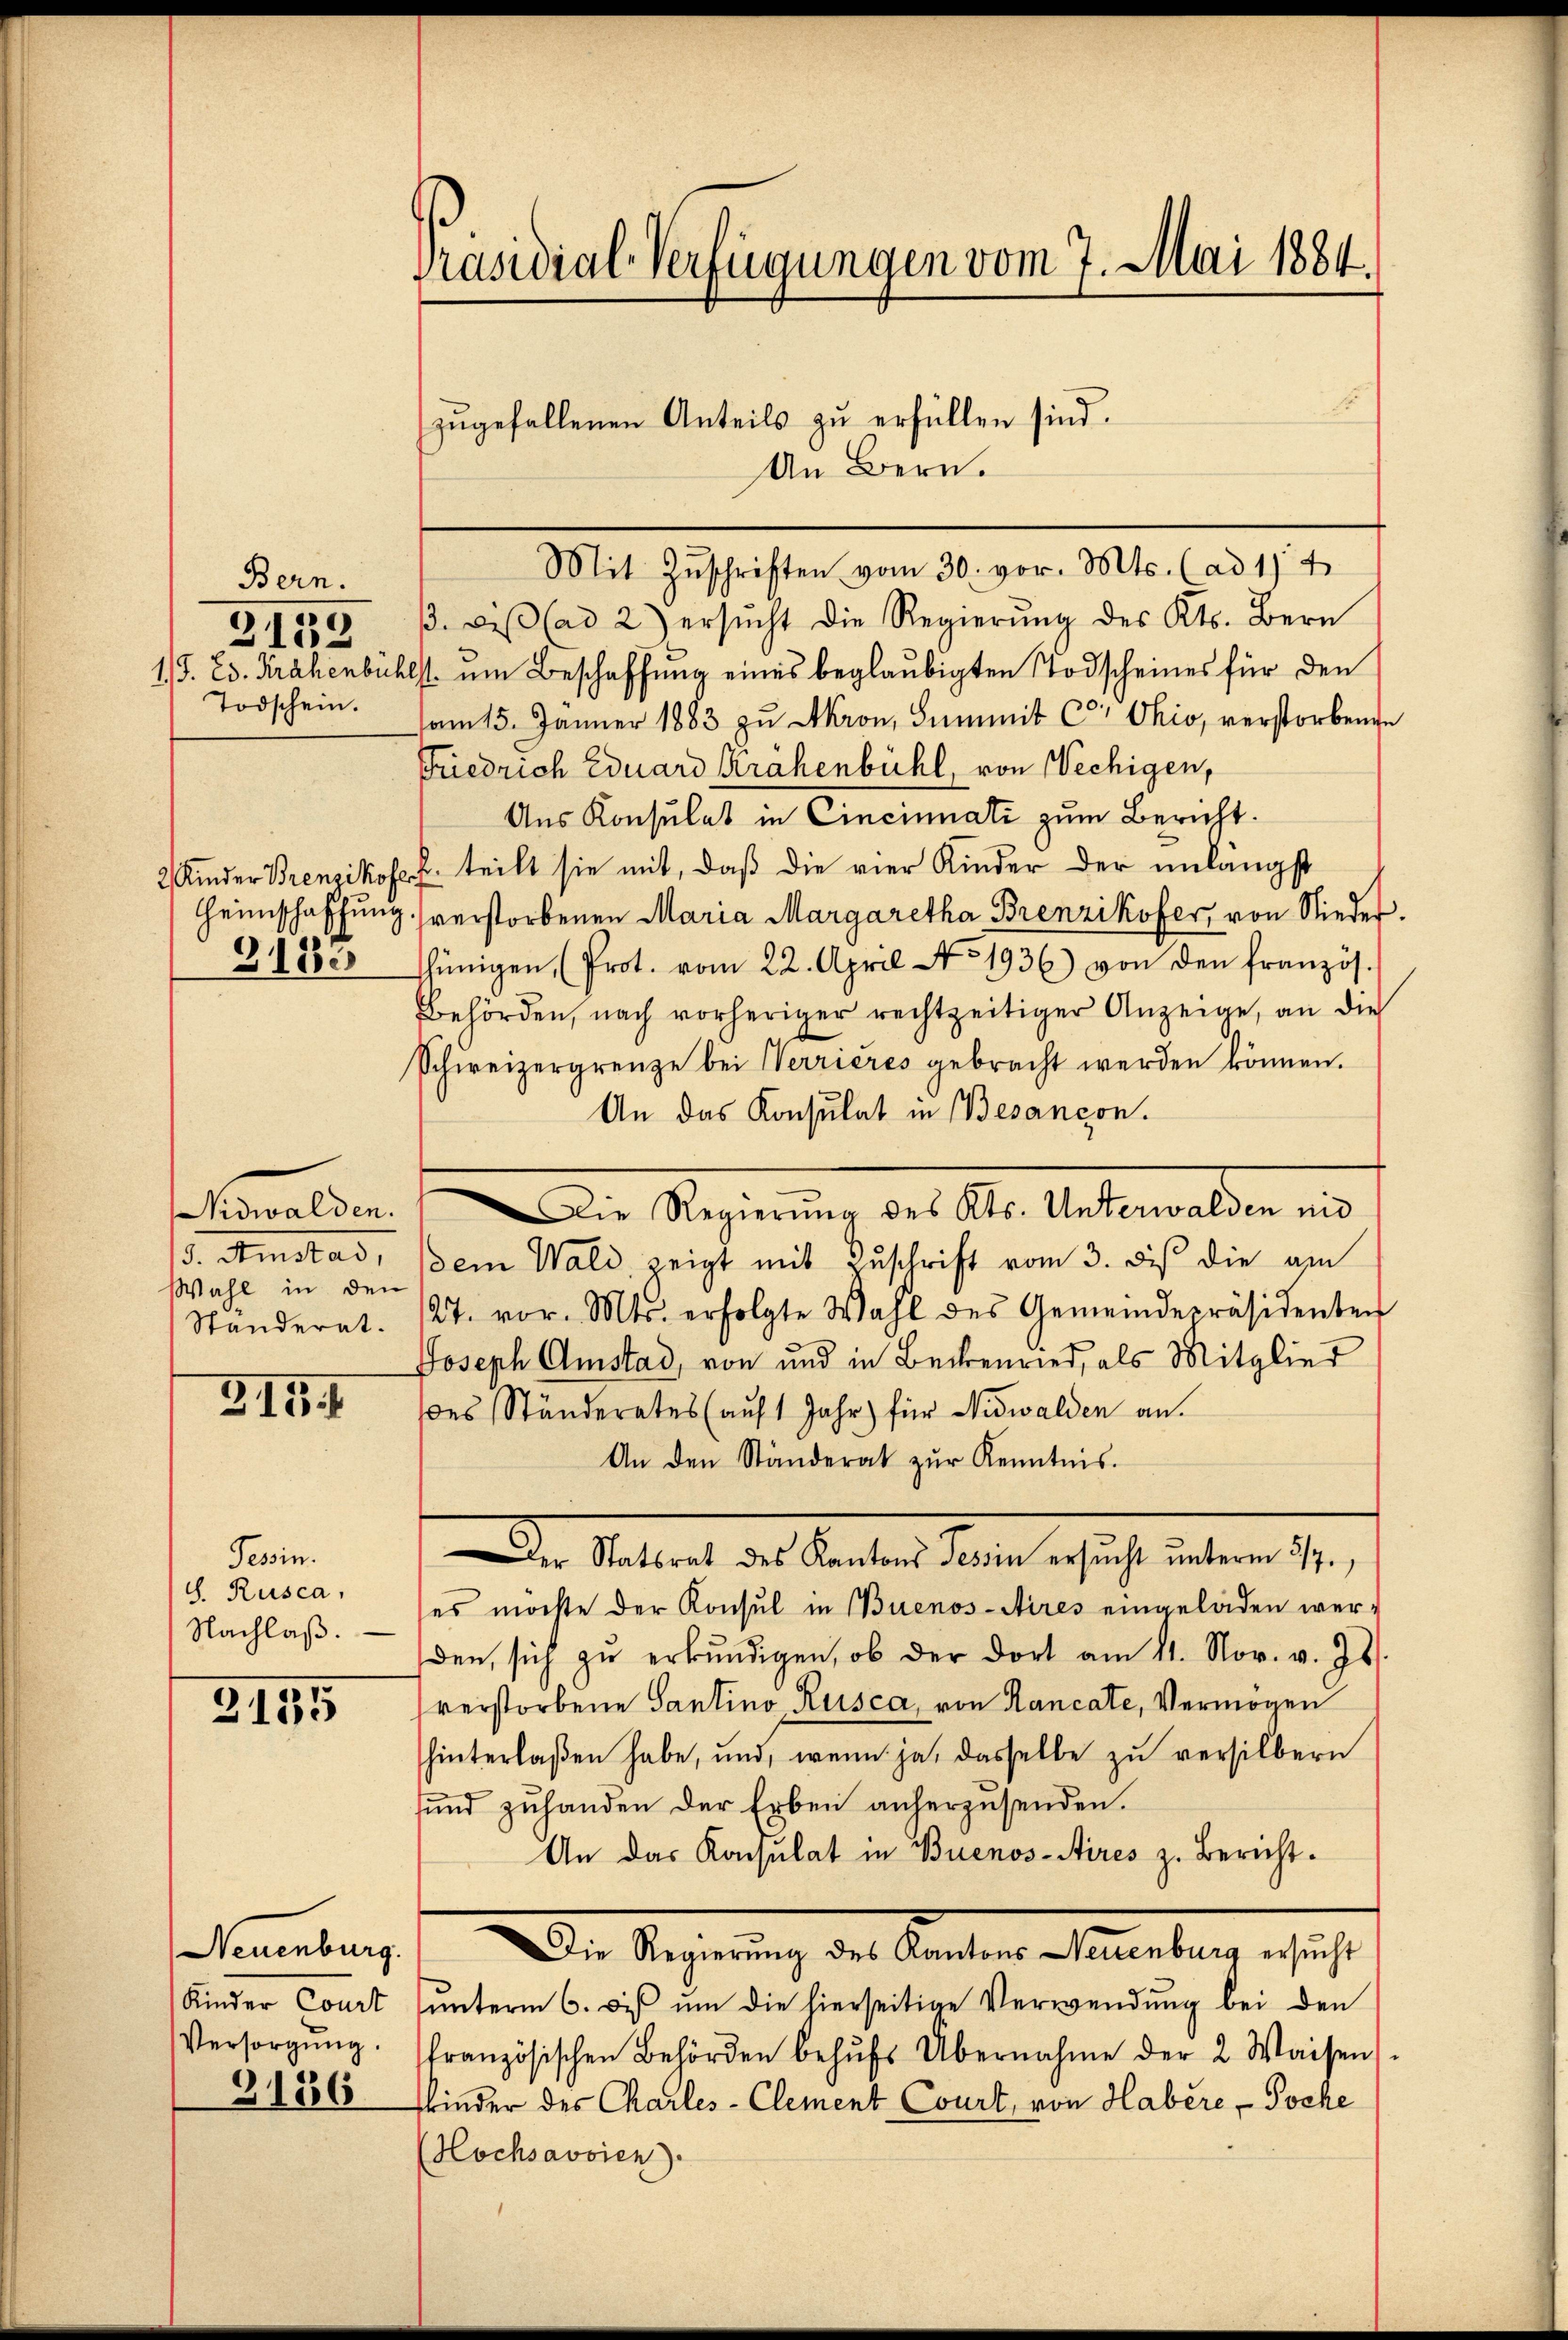
Bern.
11J. Ed. Krähenbüch
Todschein.

3152

2 Kinder Brenzikofe
Heimschaffung
3185

3. Amstad,
Wahl in den

315. 1

Tessin.
d. Rusca,
Nachlaß.

2155

Neuenburg.
Kinder Court
Versorgung.

3186

Präsidial-Verfügungen vom 7. Mai 1884.

F
Mit Zŭschriften vom 30. vor. Mts. (ad 11 4
. a. ad 2) ersŭcht die Regierŭng des Kts. Bern
bst um Beschaffung eines beglaubigten Todscheines für den
am 15. Jänner 1883 zu Akron, Summit Car Ohio, verstorbene
Friedrich Eduard Krähenbühl, von Wechigen,
Aus Konsulat in Cincinati zum Bericht.
. teilt sie mit, daß die vier Kinder der unlängst
sverstorbenen Maria Margaretha Brenzikofer, von Nieder.
hünigen (Prot. vom 22. April No 1936.) von den französ.
Behörden, nach vorheriger rechtzeitiger Anzeige, an die
Schweizergrenze bei Verrieres gebracht werden können.
An das Konsulat in Besançon.
Formelden, so die Regierung des Al. Untermalen und
dem Wald zeigt mit Zuschrift vom 3. dis die am
Standerat. 27. vor. Mts. erfolgte Wahl des Gemeindepräsidenten
Joseph Amstad, von und in Beckenried, als Mitglied
ßes Ständerates (auf 1 Jahr) für Nidwalden an.
An den Ständerat zŭr Kenntnis.
Der Stattet des bester denen ersich eben ge
es möchte der Konsul in Buenos-Aires eingeladen werden, sich zŭ erkŭndigen, ob der dort am 11. Nov. v. Js.
verstorbene Santino Rusca, von Hancate, Vermögen
hinterlaßen habe, und, wenn ja, dasselbe zŭ versilbern
sund zuhanden der Erben anherzusenden.
An das Konsulat in Buenos-Aires z. Bericht.
Die Regierung des Kantons Neuenburg ersucht
ŭnterm 6. ds ŭm die hierseitige Verwendung bei den
französischen Behörden behŭfs Übernahme der 2 Waisen
kinder des Charles-Clement Court, von Habere Poche
Hochsavoien).

zugefallenen Anteils zu erfüllen sind.
An Bern.